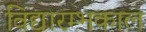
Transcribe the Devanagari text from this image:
विद्यारम्भकाल